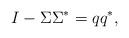
LaTeX: \begin{align*}I-\Sigma\Sigma^* = qq^*, \end{align*}